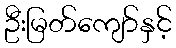
ဦးမြတ်ကျော်နှင့်